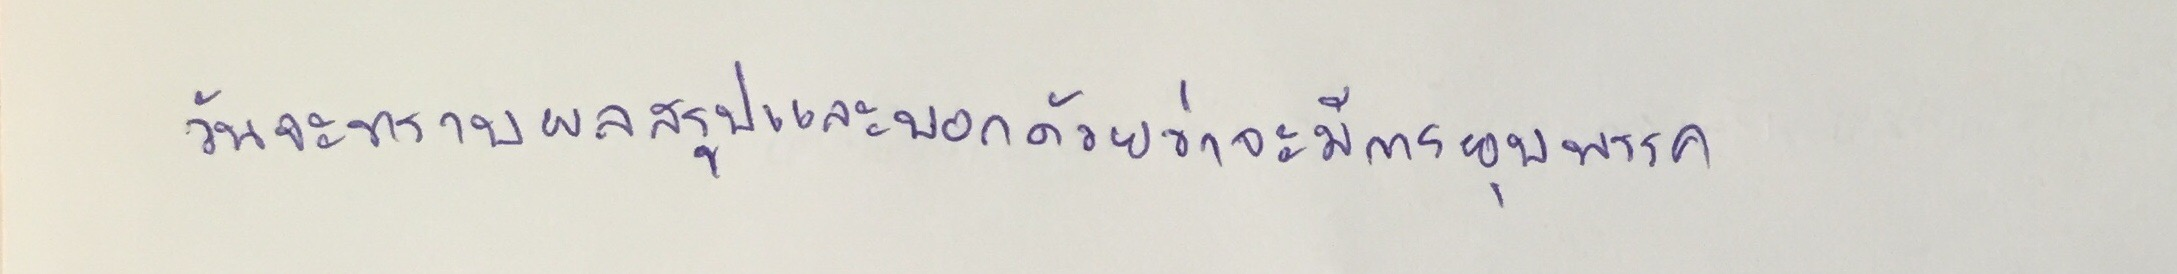
วันจะทราบผลสรุปและบอกด้วยว่าจะมีการยุบพรรค